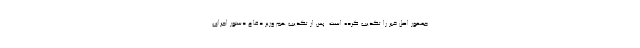
جمهور اصل خبر را تکذیب کرده است. پس از تکذیب هم وزیر دفاع دستور اجرای